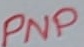
Text: PNP